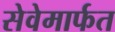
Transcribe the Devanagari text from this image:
सेवेमार्फत